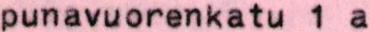
punavuorenkatu 1 a